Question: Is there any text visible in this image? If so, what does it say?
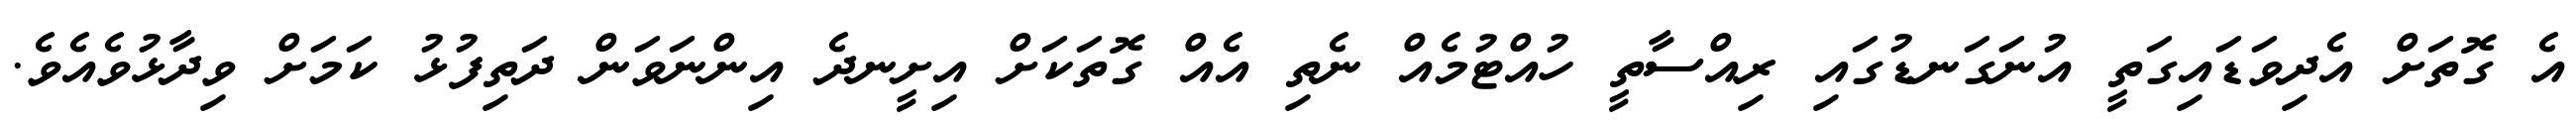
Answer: އެ ގޮތަށް އެދިވަޑައިގަތީ އުނަގަނޑުގައި ރިއްސާތީ ހުއްޓުމެއް ނެތި އެއް ގޮތަކަށް އިށީނދެ އިންނަވަން ދަތިފުޅު ކަމަށް ވިދާޅުވެއެވެ.